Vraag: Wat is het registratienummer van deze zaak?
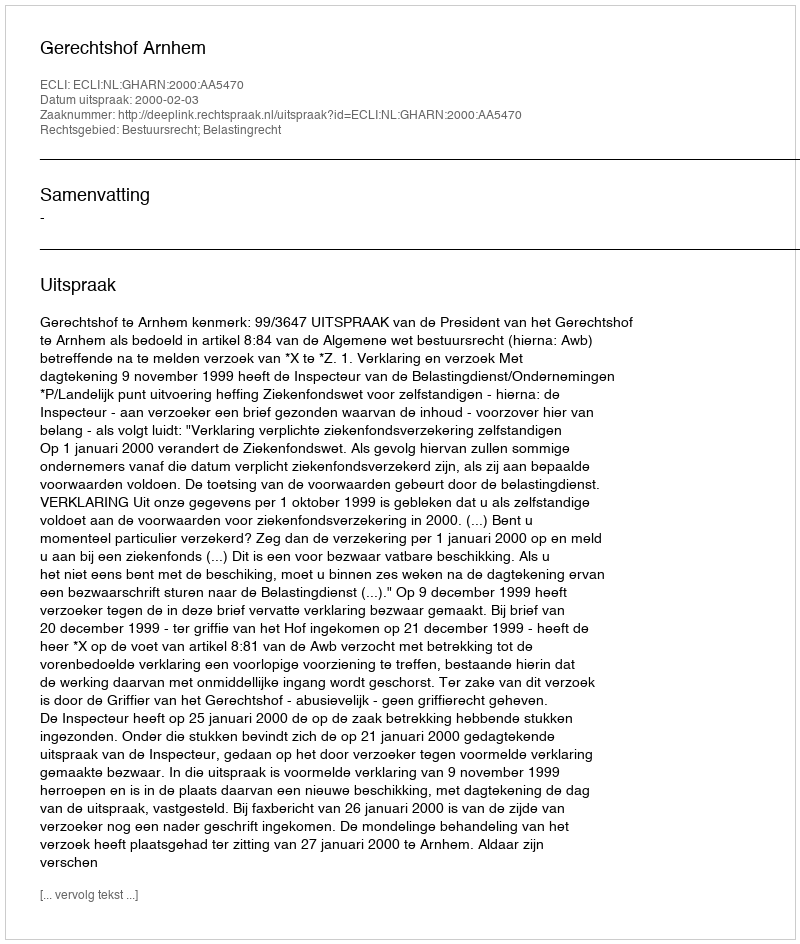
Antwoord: http://deeplink.rechtspraak.nl/uitspraak?id=ECLI:NL:GHARN:2000:AA5470